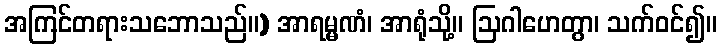
အကြင်တရားသဘောသည်။) အာရမ္မဏံ၊ အာရုံသို့။ ဩဂါဟေတွာ၊ သက်ဝင်၍။